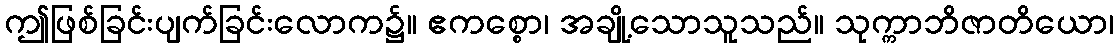
ဤဖြစ်ခြင်းပျက်ခြင်းလောက၌။ ဧကစ္စော၊ အချို့သောသူသည်။ သုက္ကာဘိဇာတိယော၊